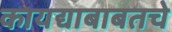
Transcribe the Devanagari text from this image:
कायद्याबाबतचे